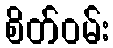
စိတ်ဝမ်း